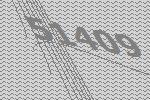
51409